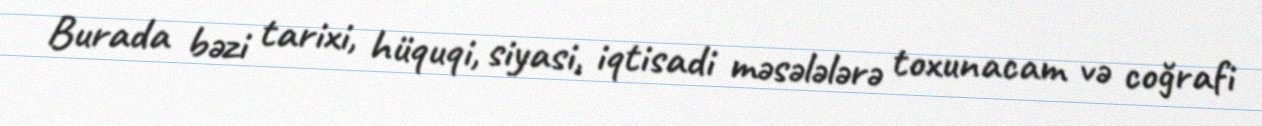
Burada bəzi tarixi, hüquqi, siyasi, iqtisadi məsələlərə toxunacam və coğrafi